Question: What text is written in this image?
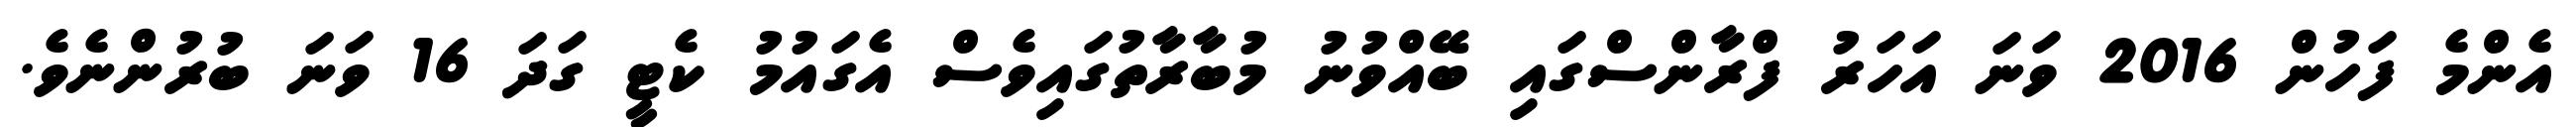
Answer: އެންމެ ފަހުން 2016 ވަނަ އަހަރު ފްރާންސްގައި ބޭއްވުނު މުބާރާތުގައިވެސް އެގައުމު ކެޓީ ގަދަ 16 ވަނަ ބުރުންނެވެ.